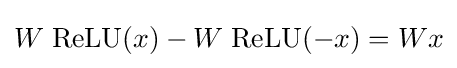
W\;\mathrm {ReLU} (x)-W\;\mathrm {ReLU} (-x)=Wx